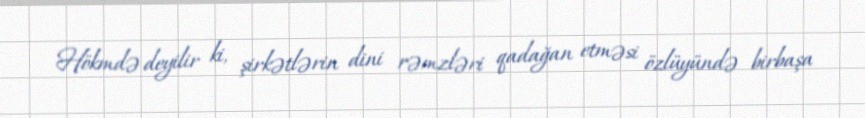
Hökmdə deyilir ki, şirkətlərin dini rəmzləri qadağan etməsi özlüyündə birbaşa